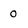
Character: 0